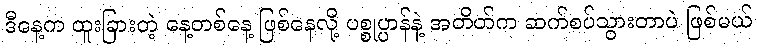
ဒီနေ့က ထူးခြားတဲ့ နေ့တစ်နေ့ ဖြစ်နေလို့ ပစ္စုပ္ပာန်နဲ့ အတိတ်က ဆက်စပ်သွားတာပဲ ဖြစ်မယ်